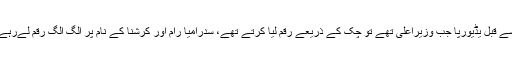
اس سے قبل یڈیورپا جب وزیراعلیٰ تھے تو چک کے ذریعے رقم لیا کرتے تھے، سدرامیا رام اور کرشنا کے نام پر الگ الگ رقم لےرہے ہیں۔